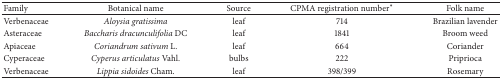
| Family | Botanical name | Source | CPMA registration number* | Folk name |
 | --- | --- | --- | --- | --- |
 | Verbenaceae | Aloysia gratissima | leaf | 714 | Brazilian lavender |
 | Asteraceae | Baccharis dracunculifolia DC | leaf | 1841 | Broom weed |
 | Apiaceae | Coriandrum sativum L. | leaf | 664 | Coriander |
 | Cyperaceae | Cyperus articulatus Vahl. | bulbs | 222 | Priprioca |
 | Verbenaceae | Lippia sidoides Cham. | leaf | 398/399 | Rosemary |